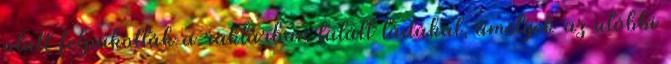
alatt felpakolták a raktárban talált ládákat, amelyek az utóbbi